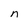
Character: n